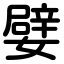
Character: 嬖